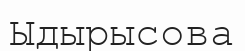
Ыдырысова